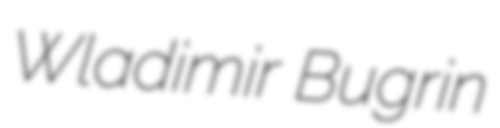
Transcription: Wladimir Bugrin